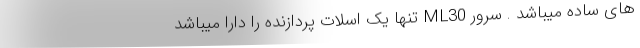
های ساده میباشد . سرور ML30 تنها یک اسلات پردازنده را دارا میباشد